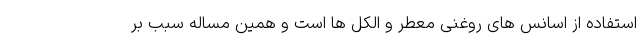
استفاده از اسانس های روغنی معطر و الکل ها است و همین مساله سبب بر